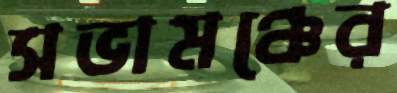
সভামঞ্চের